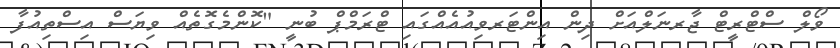
ވޯލް ސްޓްރީޓް ޖާރނަލްއަށް ދިން އިންޓަރވިއުއެއްގައި ޓްރަމްޕް ބުނީ "ކޮންމެގޮތެއް ވިޔަސް އިސްތިއުފާ